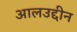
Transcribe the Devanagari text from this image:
आलउद्दीन